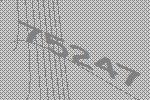
75247